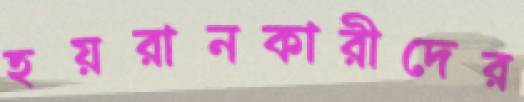
হয়রানকারীদের